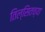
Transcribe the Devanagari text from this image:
तिल्सितच्या